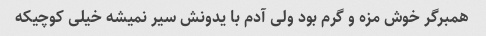
همبرگر خوش مزه و گرم بود ولی آدم با یدونش سیر نمیشه خیلی کوچیکه